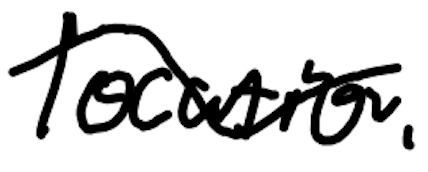
Text: location
Cross-out: wave
Writing tool: digital_black